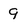
Character: 9